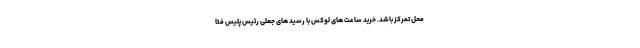
محل تمرکز باشد. خرید ساعت های لوکس با رسید های جعلی رئیس پلیس فتا